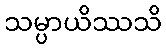
သမ္ပာယိဿသိ